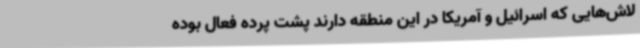
لاش‌هایی که اسرائیل و آمریکا در این منطقه دارند پشت پرده فعال بوده